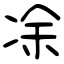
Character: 凃